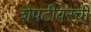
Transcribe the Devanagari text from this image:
शेपटीवरची